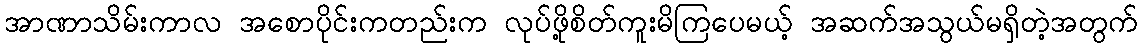
အာဏာသိမ်းကာလ အစောပိုင်းကတည်းက လုပ်ဖို့စိတ်ကူးမိကြပေမယ့် အဆက်အသွယ်မရှိတဲ့အတွက်